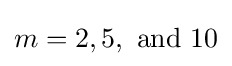
m=2,5,{\text{ and }}10